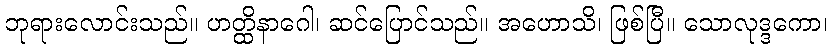
ဘုရားလောင်းသည်။ ဟတ္ထိနာဂေါ၊ ဆင်ပြောင်သည်။ အဟောသိ၊ ဖြစ်ပြီ။ သောလုဒ္ဒကော၊